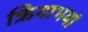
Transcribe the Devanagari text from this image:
ऋियाभयां